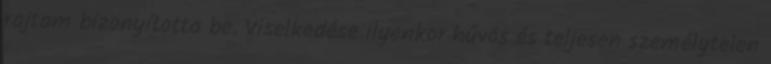
rajtam bizonyította be. Viselkedése ilyenkor hűvös és teljesen személytelen